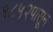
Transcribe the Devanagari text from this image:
१८५२पासून